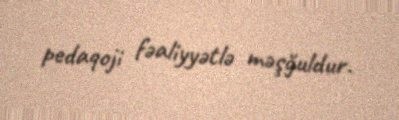
pedaqoji fəaliyyətlə məşğuldur.